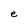
Character: e